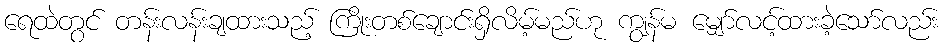
ရေထဲတွင် တန်းလန်းချထားသည့် ကြိုးတစ်ချောင်းရှိလိမ့်မည်ဟု ကျွန်မ မျှော်လင့်ထားခဲ့သော်လည်း